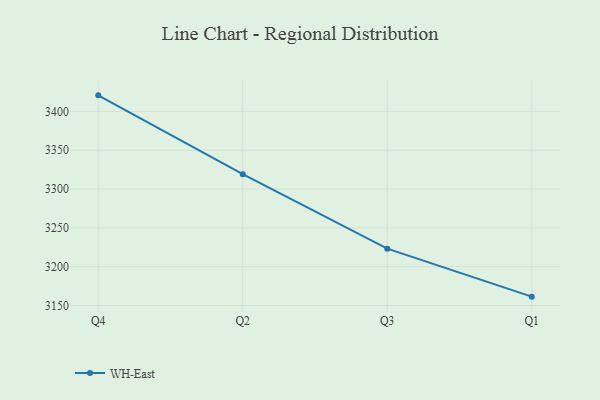
{"axis": {"x": "Quarter", "y": "Satisfaction Score"}, "legend": ["WH-East"], "data": [{"x": "Q4", "y": 3420.7, "type": "WH-East"}, {"x": "Q2", "y": 3319.2, "type": "WH-East"}, {"x": "Q3", "y": 3223.2, "type": "WH-East"}, {"x": "Q1", "y": 3161.4, "type": "WH-East"}]}